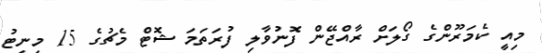
މިއީ ކެމަރޫންގެ ގޯލަށް ރާއްޖޭން ފޮނުވާލި ފުރަތަމަ ޝޮޓް މެޗުގެ 15 މިނިޓު